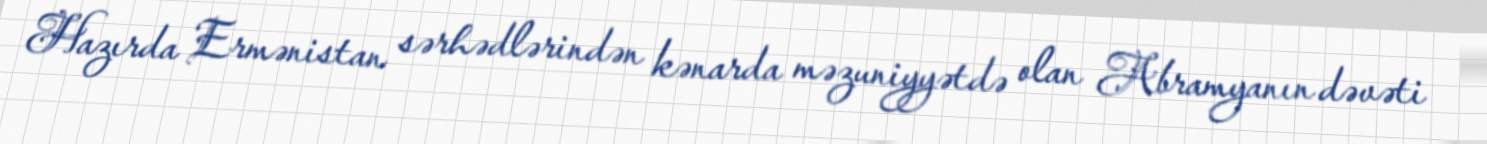
Hazırda Ermənistan sərhədlərindən kənarda məzuniyyətdə olan Abramyanın dəvəti